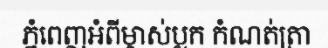
ភ្នំពេញអំពីម្ចាស់ប្លក កំណត់ត្រា